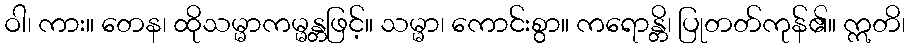
ဝါ၊ ကား။ တေန၊ ထိုသမ္မာကမ္မန္တဖြင့်။ သမ္မာ၊ ကောင်းစွာ။ ကရောန္တိ၊ ပြုတတ်ကုန်၏။ ဣတိ၊